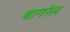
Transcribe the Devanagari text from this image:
बागरेल